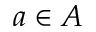
a \in A